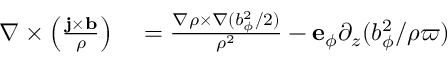
\begin{array} { r l } { \nabla \times \left( \frac { { \mathbf { j } } \times { \mathbf { b } } } { \rho } \right) } & { { } = \frac { \nabla \rho \times \nabla ( b _ { \phi } ^ { 2 } / 2 ) } { \rho ^ { 2 } } - { \mathbf { e } } _ { \phi } \partial _ { z } ( b _ { \phi } ^ { 2 } / \rho \varpi ) } \end{array}